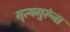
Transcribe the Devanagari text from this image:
नृत्यगुरूंना